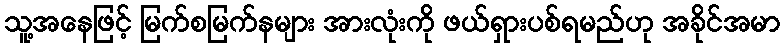
သူ့အနေဖြင့် မြက်စမြက်နများ အားလုံးကို ဖယ်ရှားပစ်ရမည်ဟု အခိုင်အမာ